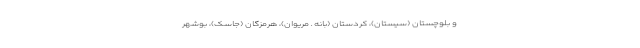
و بلوچستان (سیستان)، کردستان (بانه ـ مریوان)، هرمزگان (جاسک)، بوشهر